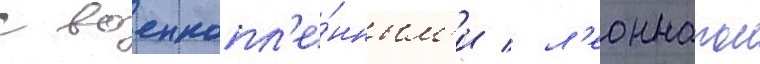
с военнопл'е́нным'и / л'еоннатом